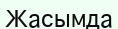
Жасымда